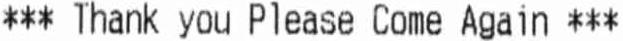
*** THANK YOU PLEASE COME AGAIN ***